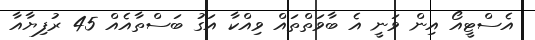
އެސްޓީއޯ އިން ވަނީ އެ ބާވަތްތައް ވިއްކާ އަގު ބަސްތާއެއް 45 ރުފިޔާއާ